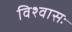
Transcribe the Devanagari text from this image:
विश्वासः